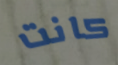
كانت